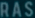
RAS